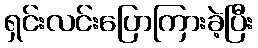
ရှင်းလင်းပြောကြားခဲ့ပြီး